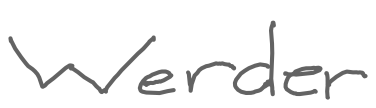
Text: Werder
Cross-out: clean
Writing tool: digital_gray